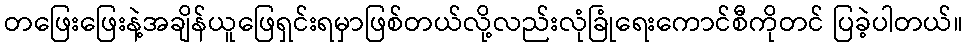
တဖြေးဖြေးနဲ့အချိန်ယူဖြေရှင်းရမှာဖြစ်တယ်လို့လည်းလုံခြုံရေးကောင်စီကိုတင် ပြခဲ့ပါတယ်။